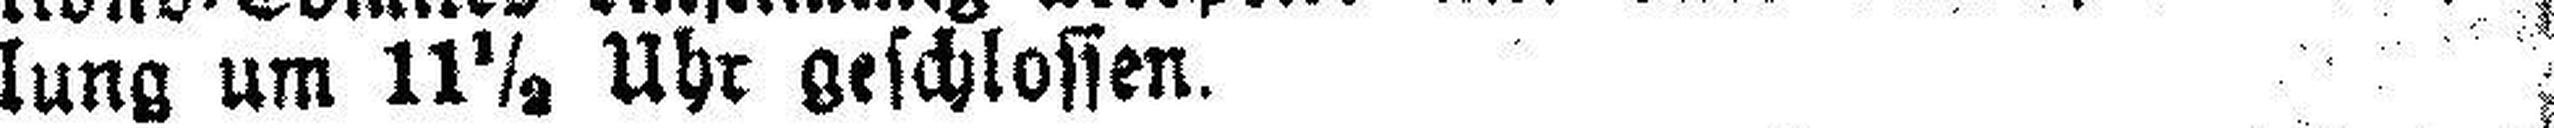
lung um 11½ Uhr geschlossen.